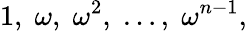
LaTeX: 1,\; \omega,\; \omega^{2},\; \ldots,\; \omega^{n-1},